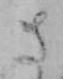
さ